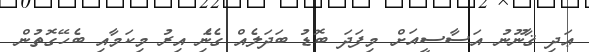
ޢަދި ޤާނޫނު އަސާސީއަށް މިފަދަ ބޮޑު ބަދަލެއް ގެނަެި އިރު މިކަމާއި ބެހޭގޮތުން